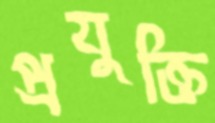
প্রযুক্তি